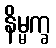
နိမ္မက္ခ